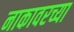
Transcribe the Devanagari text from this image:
नाकावरच्या